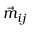
\vec { m } _ { i j }